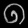
Digit: ၈